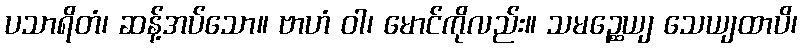
ပသာရိတံ၊ ဆန့်အပ်သော။ ဗာဟံ ဝါ၊ မောင်ကိုလည်း။ သမဉ္ဆေယျ သေယျထာပိ၊